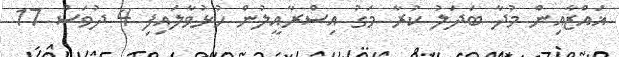
ޣައްޒާއިން މުދާ ބަދަލު ކުރާ މަގު އިސްރާއީލުން ހުޅުވާލައިފި 4 ދުވަސް 17